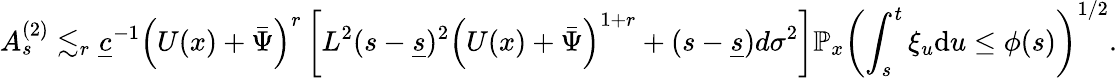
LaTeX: A_{s}^{(2)}\lesssim_{r}\underline{{c}}^{-1}\left(U(x)+\bar{\Psi}\right)^{r}\left[L^{2}(s-\underline{{s}})^{2}\left(U(x)+\bar{\Psi}\right)^{1+r}+(s-\underline{{s}})d\sigma^{2}\right]\mathbb{P}_{x}\left(\int_{s}^{t}\xi_{u}\mathrm{d}u\le\phi(s)\right)^{1/2}.